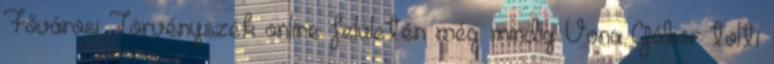
Fővárosi Törvényszék online felületén még mindig Vona Gábor tölti